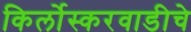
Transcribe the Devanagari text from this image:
किर्लोस्करवाडीचे